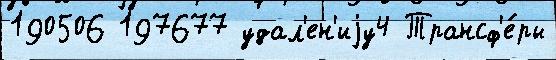
190506 197677 удал'ен'иjу4 Трансф'е́ры